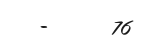
-      76